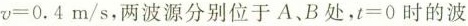
$$\nu =0.4m/s$$，两波源分别位于A、B处，$$t=0$$时的波